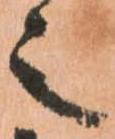
之